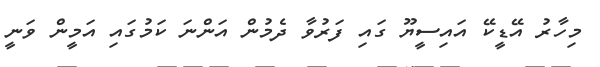
މިހާރު އޭޑީކޭ އައިސީޔޫ ގައި ފަރުވާ ދެމުން އަންނަ ކަމުގައި އަމީން ވަނީ